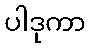
ပါဒုကာ